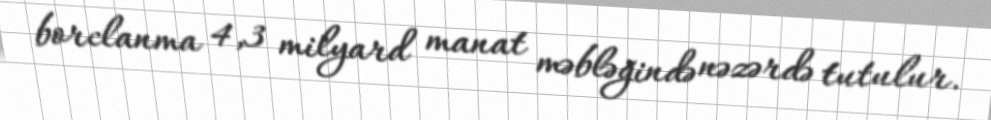
borclanma 4,3 milyard manat məbləğində nəzərdə tutulur.